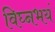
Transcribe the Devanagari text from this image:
विघ्नभयं